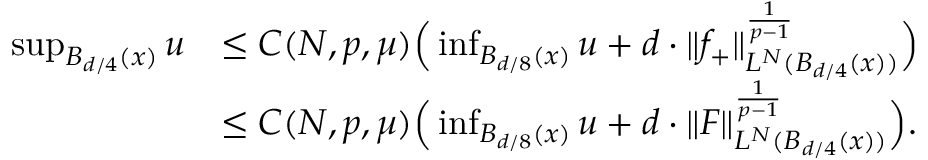
\begin{array} { r l } { \operatorname* { s u p } _ { B _ { d / 4 } ( x ) } u } & { \le C ( N , p , \mu ) \Big ( \operatorname* { i n f } _ { B _ { d / 8 } ( x ) } u + d \cdot \| f _ { + } \| _ { L ^ { N } ( B _ { d / 4 } ( x ) ) } ^ { \frac { 1 } { p - 1 } } \Big ) } \\ & { \le C ( N , p , \mu ) \Big ( \operatorname* { i n f } _ { B _ { d / 8 } ( x ) } u + d \cdot \| F \| _ { L ^ { N } ( B _ { d / 4 } ( x ) ) } ^ { \frac { 1 } { p - 1 } } \Big ) . } \end{array}